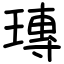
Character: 瑼